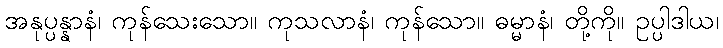
အနုပ္ပန္နာနံ၊ ကုန်သေးသော။ ကုသလာနံ၊ ကုန်သော။ ဓမ္မာနံ၊ တို့ကို။ ဥပ္ပါဒါယ၊